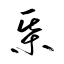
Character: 棊